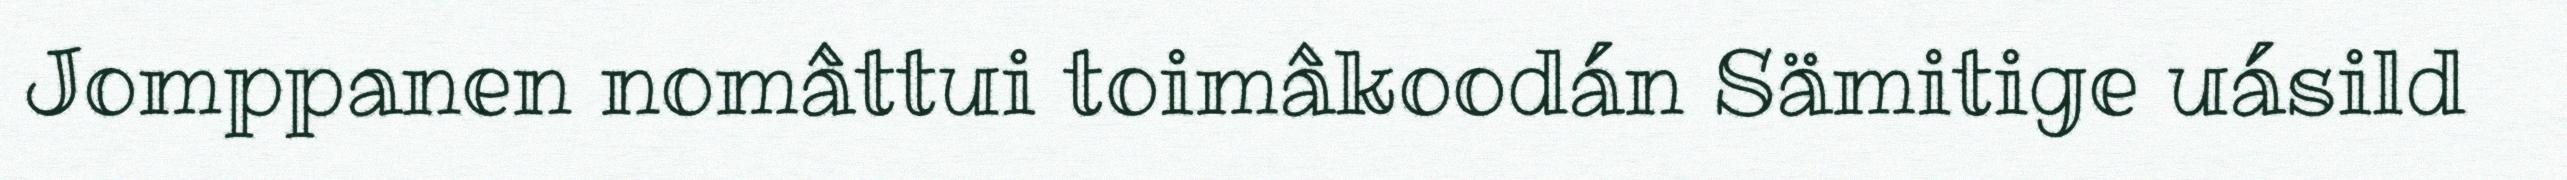
Jomppanen nomâttui toimâkoodán Sämitige uásild